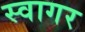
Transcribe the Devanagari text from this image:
स्वागर